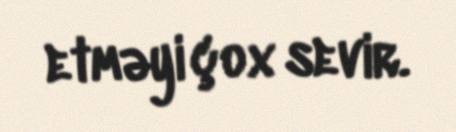
etməyi çox sevir.